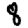
Digit: 8